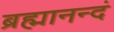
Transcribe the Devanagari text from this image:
ब्रह्मानन्दं